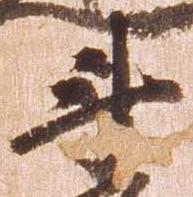
斗